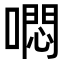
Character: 𭊳